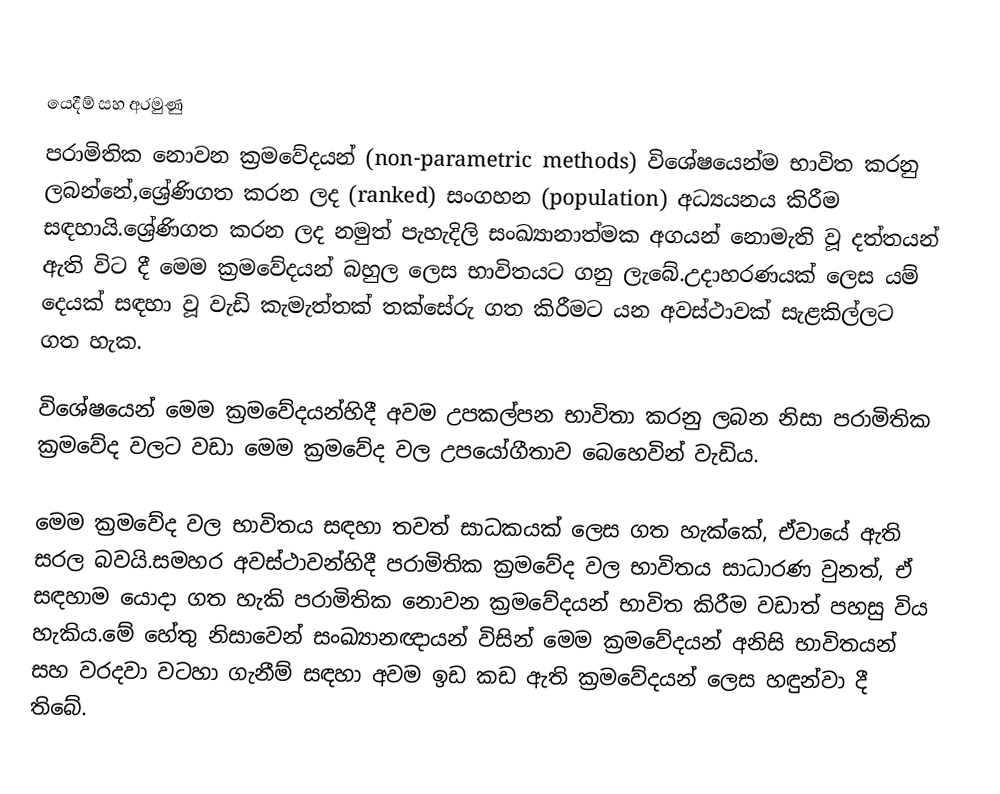

යෙදීම් සහ අරමුණු
පරාමිතික නොවන ක්‍රමවේදයන් (non-parametric methods) විශේෂයෙන්ම භාවිත කරනු ලබන්නේ,ශ්‍රේණිගත කරන ලද (ranked) සංගහන (population) අධ්‍යයනය කිරීම සඳහායි.ශ්‍රේණිගත කරන ලද නමුත් පැහැදිලි සංඛ්‍යානාත්මක අගයන් නොමැති වූ දත්තයන් ඇති විට දී මෙම ක්‍රමවේදයන් බහුල ලෙස භාවිතයට ගනු ලැබේ.උදාහරණයක් ලෙස යම් දෙයක් සඳහා වූ වැඩි කැමැත්තක් තක්සේරු ගත කිරීමට යන අවස්ථාවක් සැළකිල්ලට ගත හැක.

විශේෂයෙන් මෙම ක්‍රමවේදයන්හිදී අවම උපකල්පන භාවිතා කරනු ලබන නිසා පරාමිතික ක්‍රමවේද වලට වඩා මෙම ක්‍රමවේද වල උපයෝගීතාව බෙහෙවින් වැඩිය.

මෙම ක්‍රමවේද වල භාවිතය සඳහා තවත් සාධකයක් ලෙස ගත හැක්කේ, ඒවායේ ඇති සරල බවයි.සමහර අවස්ථාවන්හිදී පරාමිතික ක්‍රමවේද වල භාවිතය සාධාරණ වුනත්, ඒ සඳහාම යොදා ගත හැකි පරාමිතික නොවන ක්‍රමවේදයන් භාවිත කිරීම වඩාත් පහසු විය හැකිය.මේ හේතු නිසාවෙන් සංඛ්‍යානඥායන් විසින් මෙම ක්‍රමවේදයන් අනිසි භාවිතයන් සහ වරදවා වටහා ගැනීම් සඳහා අවම ඉඩ කඩ ඇති ක්‍රමවේදයන් ලෙස හඳුන්වා දී තිබේ.